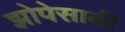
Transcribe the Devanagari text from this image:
झोपेसाठी